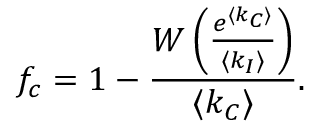
f _ { c } = 1 - \frac { W \left( \frac { e ^ { \langle k _ { C } \rangle } } { \langle k _ { I } \rangle } \right) } { \langle k _ { C } \rangle } .